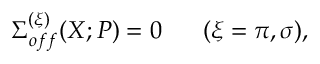
\Sigma _ { o f f } ^ { ( \xi ) } ( X ; P ) = 0 \; \; \; \; \; \; ( \xi = \pi , \sigma ) ,